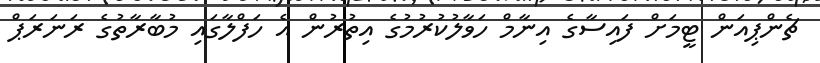
ޗެންޕިއަން ޓީމަށް ފައިސާގެ އިނާމް ހަވާލުކުރުމުގެ އިތުރުން އެ ހަފްލާގައި މުބާރާތުގެ ރަނަރަޕް